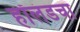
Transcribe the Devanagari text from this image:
हॉलंडचा